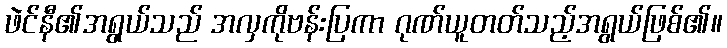
ဖဲင်နီ၏အရွယ်သည် အလှကိုဗန်းပြကာ ဂုဏ်ယူတတ်သည့်အရွယ်ဖြစ်၏။